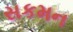
સકમન